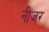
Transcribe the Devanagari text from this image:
नीजर